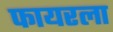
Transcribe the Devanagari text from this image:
फायरला